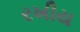
રખીય